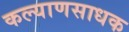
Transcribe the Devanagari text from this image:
कल्याणसाधक